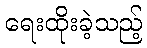
ရေးထိုးခဲ့သည့်